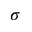
\sigma